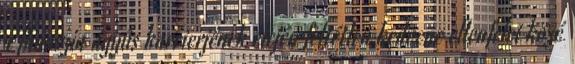
a fhanszia ágyús karrierjének elején feltétlen kedvenc ellenfelei közé